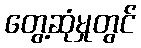
တွေ့ဆုံမှုတွင်